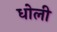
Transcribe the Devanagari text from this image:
धोली